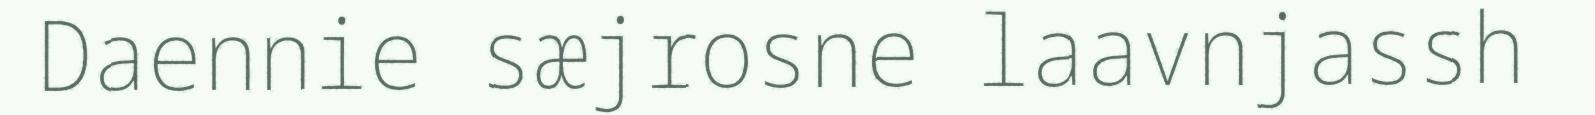
Daennie sæjrosne laavnjassh